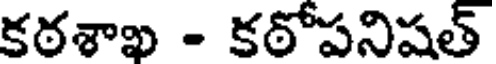
కఠశాఖ - కఠోపనిషత్